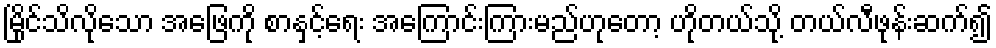
မြိုင်သိလိုသော အဖြေကို စာနှင့်ရေး အကြောင်းကြားမည်ဟုတော့ ဟိုတယ်သို့ တယ်လီဖုန်းဆက်၍